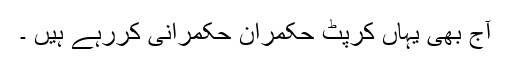
آج بھی یہاں کرپٹ حکمران حکمرانی کررہے ہیں ۔